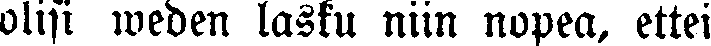
olisi weden lasku niin nopea, ettei